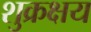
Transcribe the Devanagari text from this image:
शुक्रक्षय